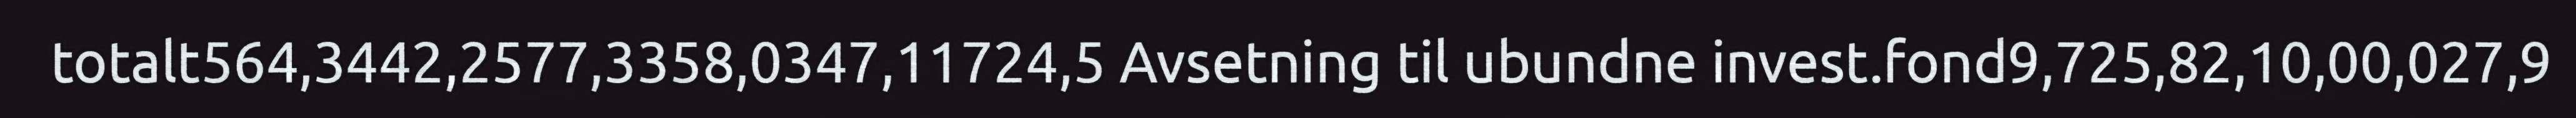
totalt564,3442,2577,3358,0347,11724,5 Avsetning til ubundne invest.fond9,725,82,10,00,027,9